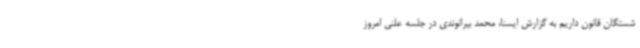
شستگان قانون داریم به گزارش ایسنا، محمد بیرانوندی در جلسه علنی امروز